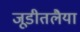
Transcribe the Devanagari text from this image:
जूडीतलैया